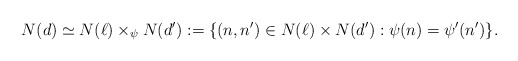
\begin{align*} N(d) \simeq N(\ell) \times_{\psi} N(d') := \{ (n,n') \in N(\ell) \times N(d') : \psi(n) = \psi'(n') \}.\end{align*}